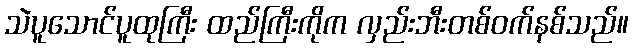
သဲပူသောင်ပူထုကြီး ထည်ကြီးကိုက လှည်းဘီးတစ်ဝက်နစ်သည်။